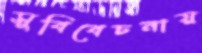
সুবিবেচনায়